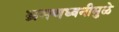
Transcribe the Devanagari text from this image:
भ्रमणध्वनीमुळे